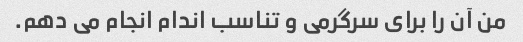
من آن را برای سرگرمی و تناسب اندام انجام می دهم.